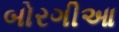
બોરગીઆ